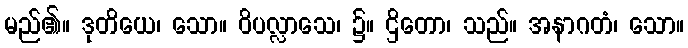
မည်၏။ ဒုတိယေ၊ သော။ ဝိပလ္လာသေ၊ ၌။ ဌိတော၊ သည်။ အနာဂတံ၊ သော။